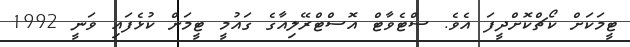
ޓީމަކަށް ކޯޗްކޮށްދީފަ އެވެ. ސްޓެވާޓް އޮސްޓްރޭލިއާގެ ގައުމީ ޓީމަށް ކުޅެފައި ވަނީ 1992